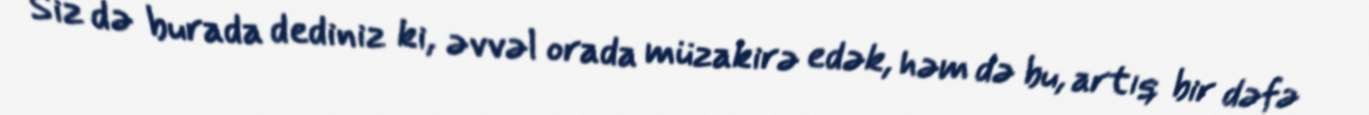
Siz də burada dediniz ki, əvvəl orada müzakirə edək, həm də bu, artıq bir dəfə